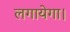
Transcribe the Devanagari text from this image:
लगायेगा।